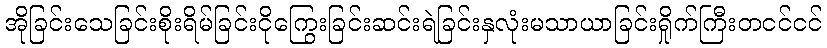
အိုခြင်းသေခြင်းစိုးရိမ်ခြင်းငိုကြွေးခြင်းဆင်းရဲခြင်းနှလုံးမသာယာခြင်းရှိုက်ကြီးတငင်ငင်